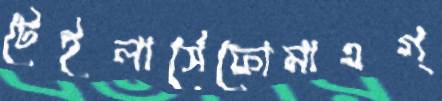
টেইলার্সেফোমাএগ্